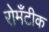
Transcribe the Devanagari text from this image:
रोमँटीक